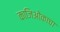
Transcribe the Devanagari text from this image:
काजिओकाचा